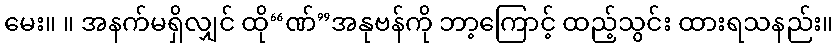
မေး။ ။ အနက်မရှိလျှင် ထို“ဏ်”အနုဗန်ကို ဘာ့ကြောင့် ထည့်သွင်း ထားရသနည်း။